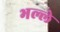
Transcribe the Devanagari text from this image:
भल्ले